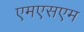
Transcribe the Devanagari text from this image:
एमएसएम